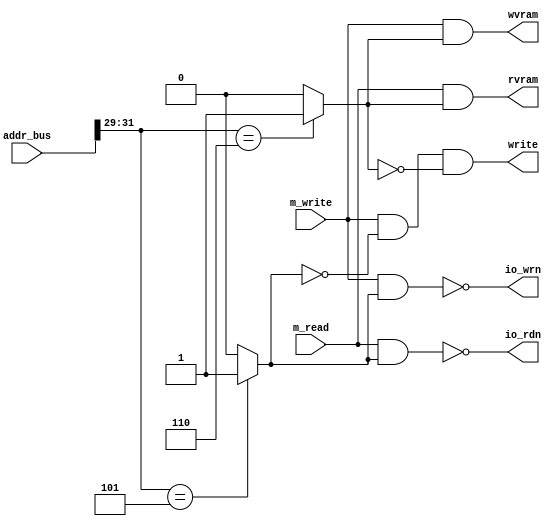
`timescale 1ns / 1ps
//////////////////////////////////////////////////////////////////////////////////
// Company: 
// Engineer: 
// 
// Design Name: 
// Module Name:    bus 
// Project Name: 
// Target Devices: 
// Tool versions: 
// Description: 
//
// Dependencies: 
//
// Revision: 
// Revision 0.01 - File Created
// Additional Comments: 
//
//////////////////////////////////////////////////////////////////////////////////
module bus(	
	input wire [31:0]addr_bus,
	input wire m_read,
	input wire m_write,
	
	
	output wire write,
	output wire io_rdn,
	output wire io_wrn,
	output wire wvram,
	output wire rvram
   );
	
	wire io_space = (addr_bus[31:29] == 3'b101) ? 1'b1 : 1'b0;	// i/o space: 	a0000000-bfffffff
	wire vr_space = (addr_bus[31:29] == 3'b110) ? 1'b1 : 1'b0;	// vram space: c0000000-dfffffff
	
					  
	// output signals
	assign write   =   m_write & ~io_space & ~vr_space;    // data memory write
	assign io_rdn  = ~(m_read & io_space);                // i/o read
	assign io_wrn  = ~(m_write & io_space);                // i/o write
	assign wvram   =   m_write & vr_space;                 // video ram write
	assign rvram   =   m_read & vr_space;                 // video ram read


endmodule